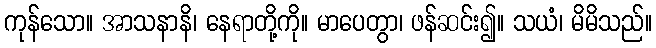
ကုန်သော။ အာသနာနိ၊ နေရာတို့ကို။ မာပေတွာ၊ ဖန်ဆင်း၍။ သယံ၊ မိမိသည်။